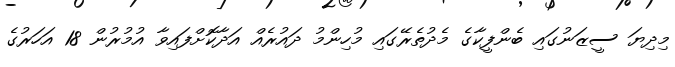
މިދިޔަ ސީޒަނުގައި ބެންފީކާގެ މެދުތެރޭގައި މުހިންމު ދައުރެއް އަދާކޮށްފައިވާ އުމުރުން 18 އަހަރުގެ